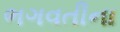
ભગવતીના